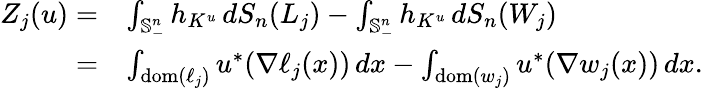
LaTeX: \begin{array}{rl}{Z_{j}(u)=}&{\int_{\mathbb{S}_{-}^{n}}h_{K^{u}}\, dS_{n}(L_{j})-\int_{\mathbb{S}_{-}^{n}}h_{K^{u}}\, dS_{n}(W_{j})}\\ {=}&{\int_{\mathrm{dom}(\ell_{j})}u^{*}(\nabla\ell_{j}(x))\, dx-\int_{\mathrm{dom}(w_{j})}u^{*}(\nabla w_{j}(x))\, dx.}\end{array}